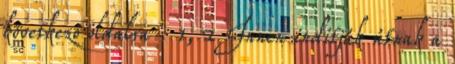
következő oldalra : 1, 2 Innen indítják útnak a